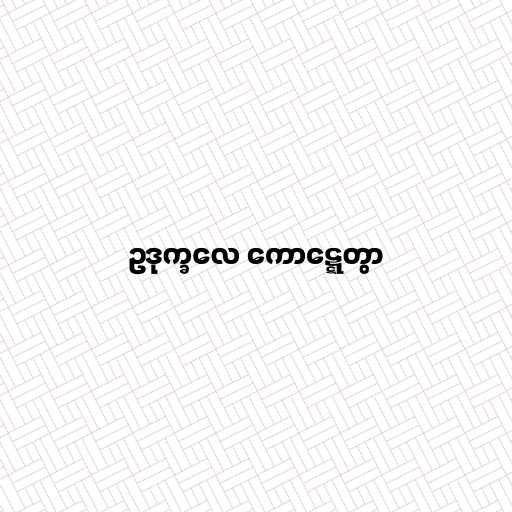
ဥဒုက္ခလေ ကောဋ္ဋေတွာ